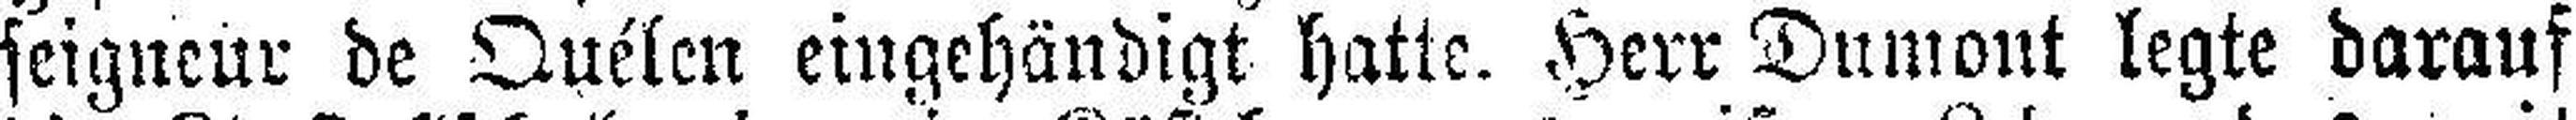
seigneur de Quélen eingehändigt hatte. Herr Dumont legte darauf